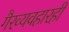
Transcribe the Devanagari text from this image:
गैरव्यवहारही